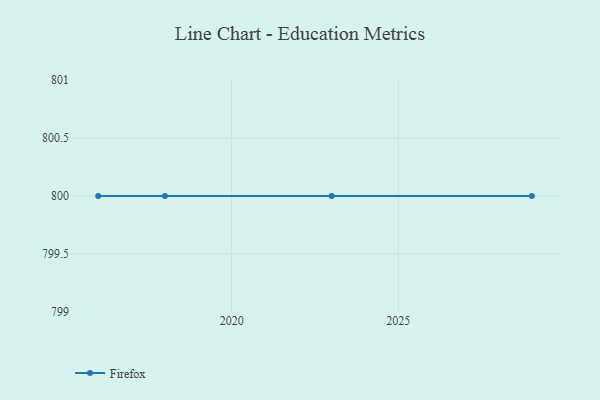
{"axis": {"x": "Year", "y": "Production Output"}, "legend": ["Firefox"], "data": [{"x": "2016", "y": 800, "type": "Firefox"}, {"x": "2023", "y": 800, "type": "Firefox"}, {"x": "2029", "y": 800, "type": "Firefox"}, {"x": "2018", "y": 800, "type": "Firefox"}]}